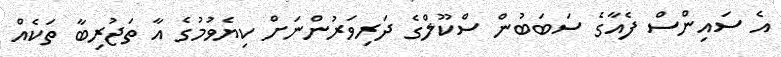
އެ ސައިންސް ފެއާގެ ސަބަބުން ސްކޫލްގެ ދަރިވަރުންނަށް ކިޔެވުމުގެ އާ ތަޖުރިބާ ތަކެއް